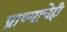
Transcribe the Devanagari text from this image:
प्राण्याचेही